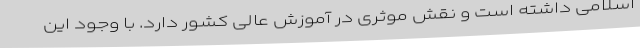
اسلامی داشته است و نقش موثری در آموزش عالی کشور دارد. با وجود این